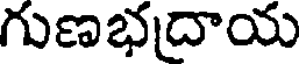
గుణభదాయ